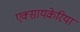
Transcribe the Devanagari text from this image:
एक्सायकेरिया